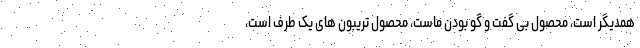
همدیگر است، محصول بی گفت و گو بودن ماست، محصول تریبون های یک طرف است،